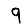
Digit: 9